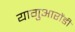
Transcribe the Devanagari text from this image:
यागुआरोंडी